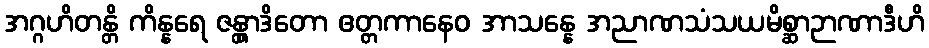
အဂ္ဂဟိတန္တိ ကိန္နရေ ဇန္တွာဒိတော ဧတ္တကာနေဝ အာသန္နေ အညာဏသံသယမိစ္ဆာဉာဏာဒီဟိ